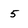
Character: 5